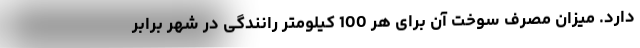
دارد. میزان مصرف سوخت آن برای هر 100 کیلومتر رانندگی در شهر برابر